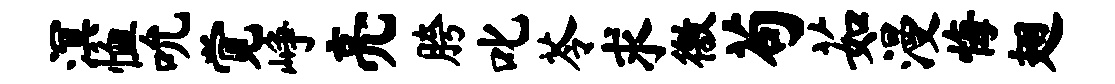
溟恤吮觉峥亮胯叱苓求徼苟茹漫悔翅